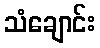
သံချောင်း